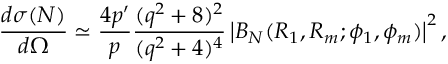
\frac { d { \sigma } ( N ) } { d \Omega } \simeq \frac { 4 p ^ { \prime } } { p } \frac { ( q ^ { 2 } + 8 ) ^ { 2 } } { ( q ^ { 2 } + 4 ) ^ { 4 } } \left| B _ { N } ( R _ { 1 } , R _ { m } ; \phi _ { 1 } , \phi _ { m } ) \right| ^ { 2 } ,